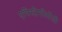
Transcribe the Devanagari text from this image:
एपिस्टेमॉलॉजी